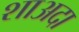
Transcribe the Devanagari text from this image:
शाअदा